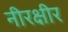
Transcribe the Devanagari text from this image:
नीरक्षीर